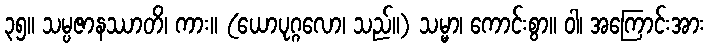
၃၅။ သမ္ပဇာနဿာတိ၊ ကား။ (ယောပုဂ္ဂလော၊ သည်။) သမ္မာ၊ ကောင်းစွာ။ ဝါ၊ အကြောင်းအား